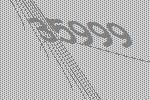
35999